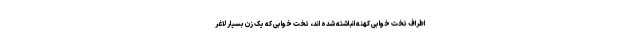
اطراف تخت خوابی کهنه انباشته شده اند، تخت خوابی که یک زن بسیار لاغر